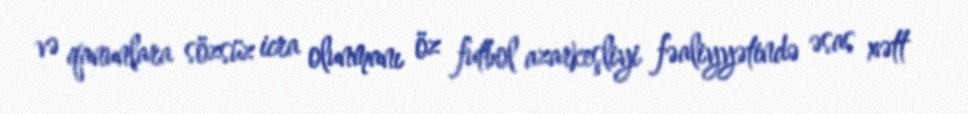
və qanunlara sözsüz icra olunmanı öz futbol azarkeşliyi fəaliyyətində əsas xətt